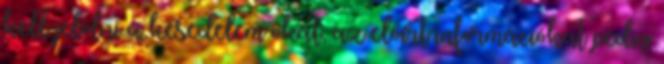
kell jelölni a késedelem okát, az előírt információkat pedig